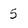
Character: 5